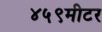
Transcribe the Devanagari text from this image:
४५९मीटर